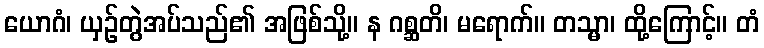
ယောဂံ၊ ယှဉ်တွဲအပ်သည်၏ အဖြစ်သို့။ န ဂစ္ဆတိ၊ မရောက်။ တသ္မာ၊ ထို့ကြောင့်။ တံ